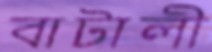
বাটালী